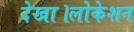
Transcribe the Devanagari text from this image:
देखा।लोकेशन